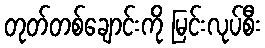
တုတ်တစ်ချောင်းကို မြင်းလုပ်စီး